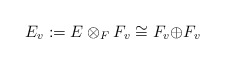
\begin{align*}E_{v}:=E\otimes_{F} F_{v}\cong F_{v}{\oplus }F_{v}\end{align*}